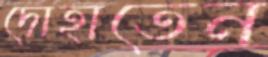
দোহাতেন